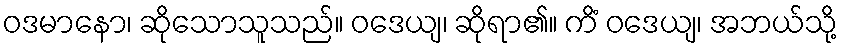
ဝဒမာနော၊ ဆိုသောသူသည်။ ဝဒေယျ၊ ဆိုရာ၏။ ကိံ ဝဒေယျ၊ အဘယ်သို့